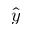
\hat { y }